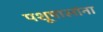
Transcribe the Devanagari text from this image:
पशूपालांना